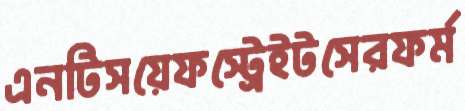
এনটিসয়েফস্ট্রেইটসেরফর্ম